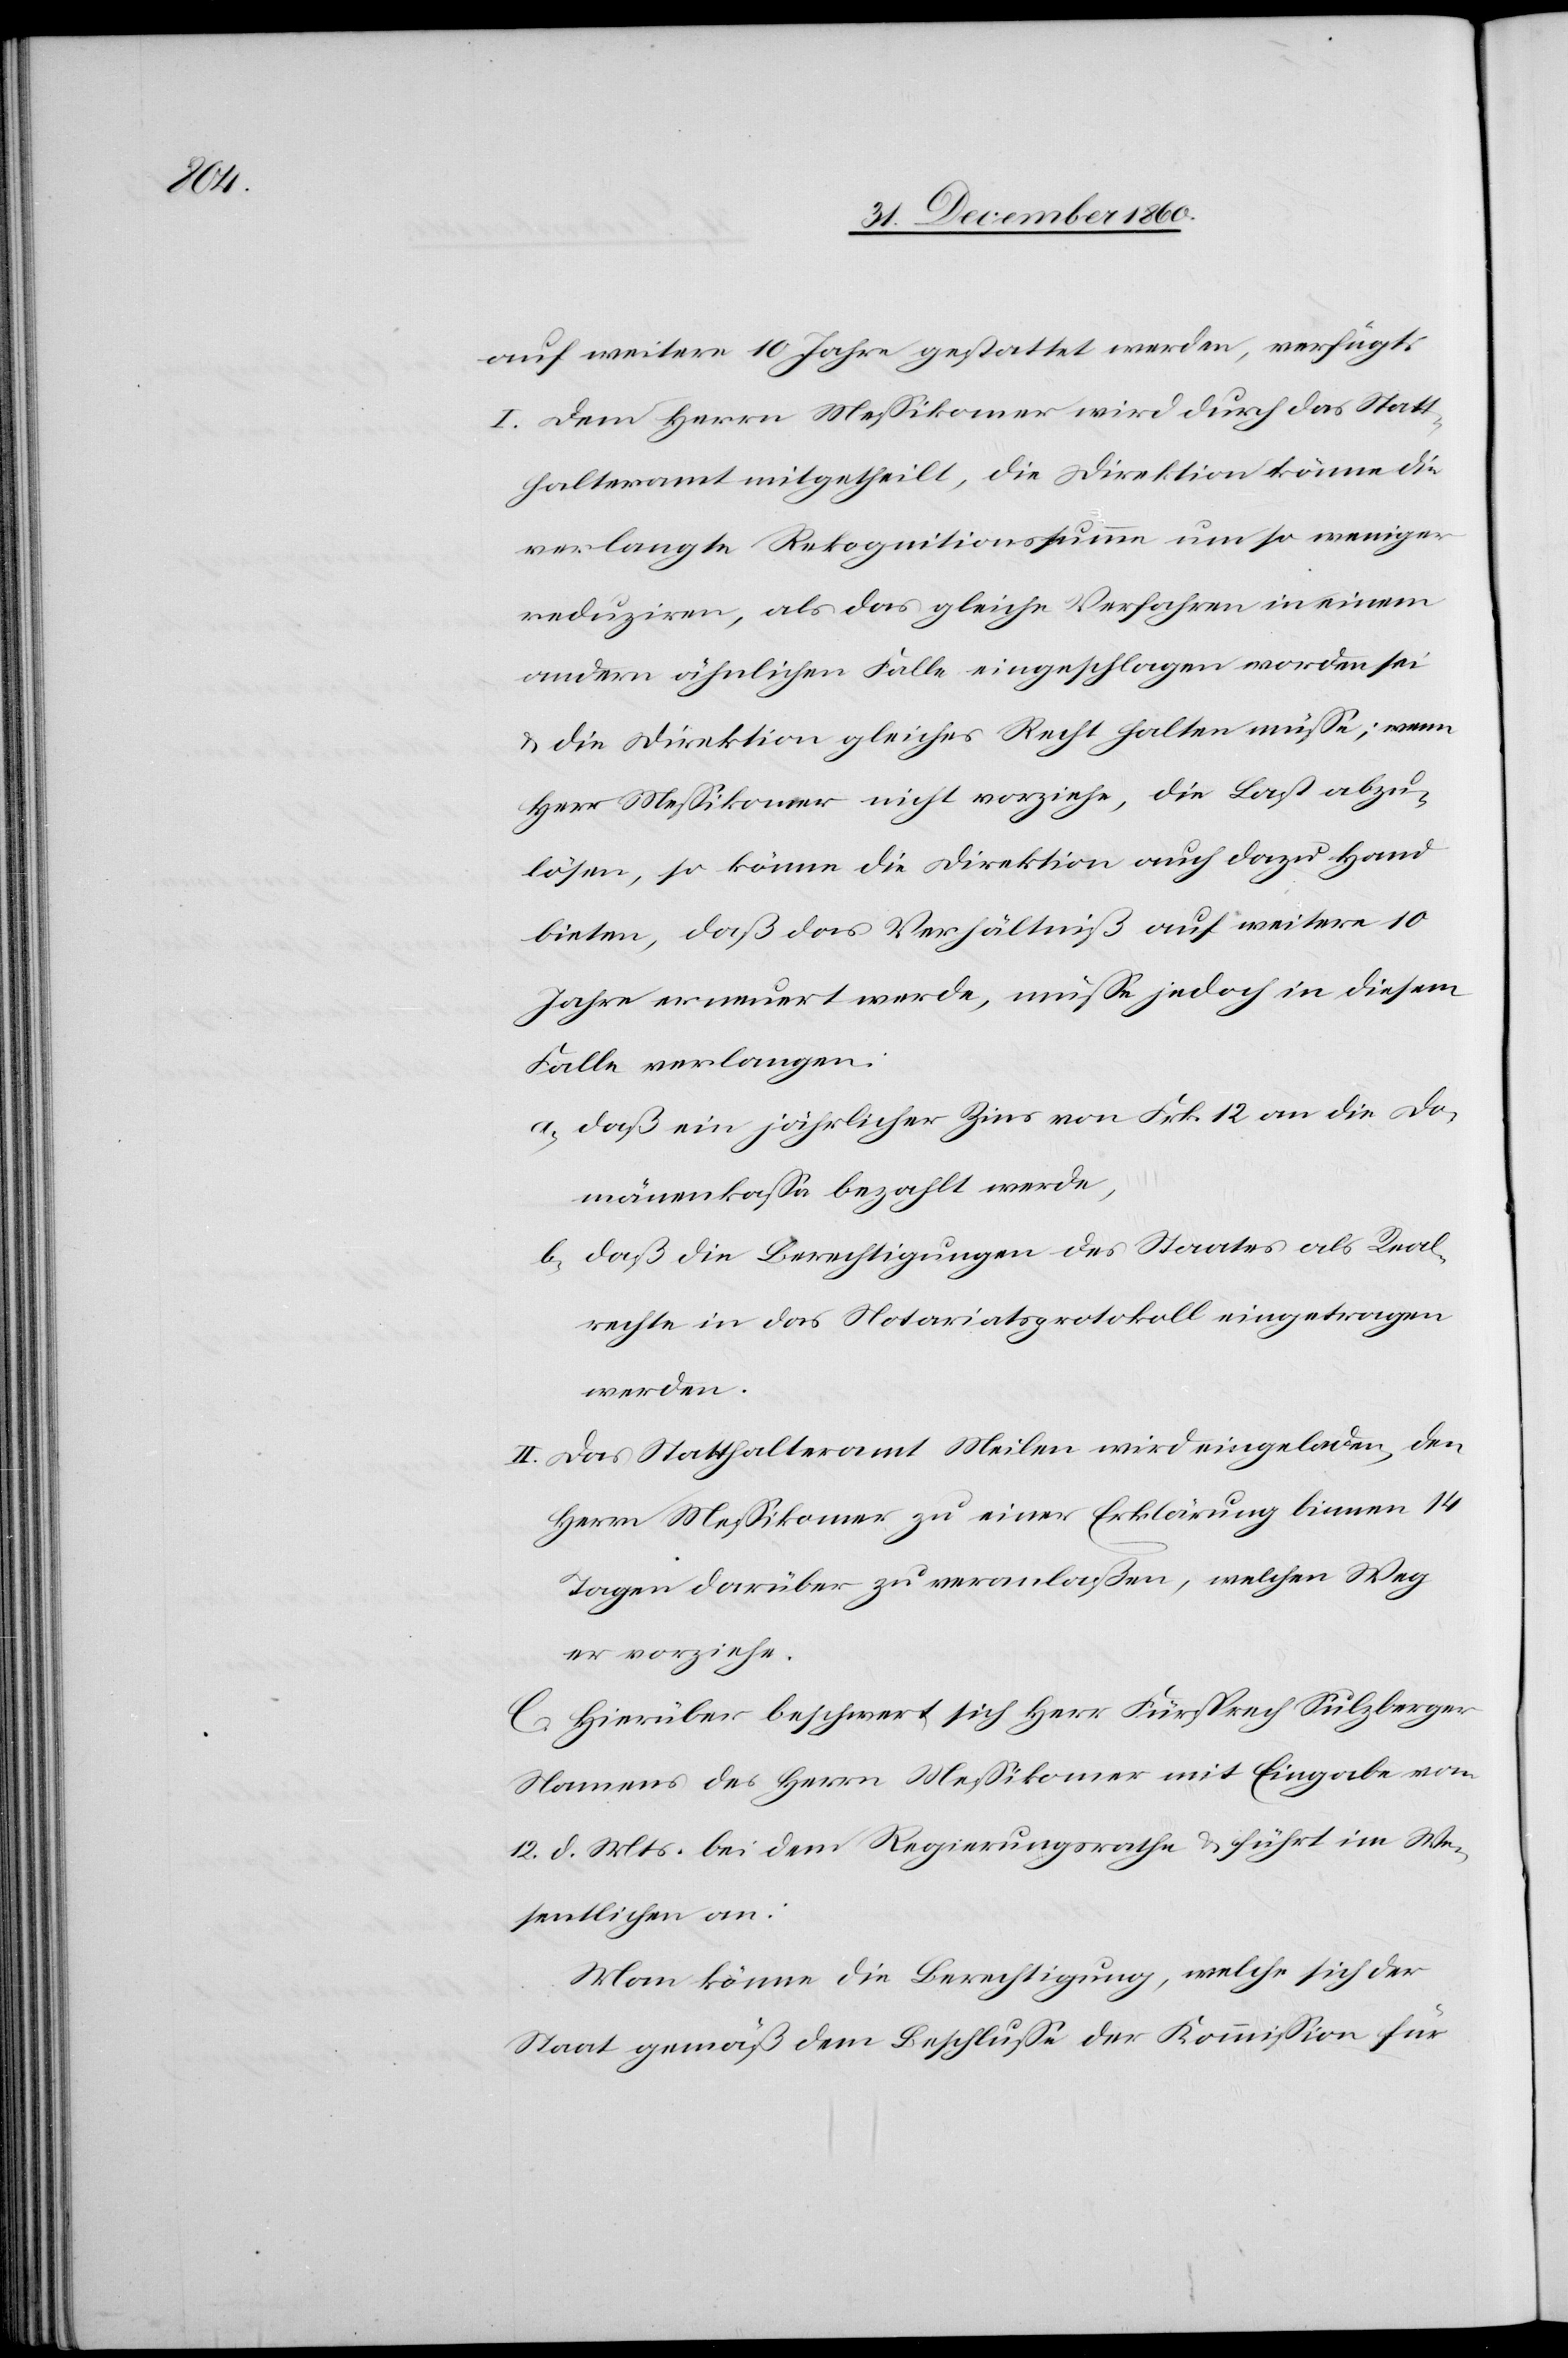
auf weitere 10 Jahre gestattet werden, verfügt:
I. Dem Herrn Messikomer wird durch das Statt¬
halteramt mitgetheilt, die Direktion könne die
verlangte Rekognitionssumme um so weniger
reduziren, als das gleiche Verfahren in einem
andern ähnlichen Falle eingeschlagen worden sei
u. die Direktion gleiches Recht halten müsse; wenn
Herr Messikomer nicht vorziehe, die Last abzu¬
lösen, so könne die Direktion auch dazu Hand
bieten, daß das Verhältniß auf weitere 10
Jahre erneuert werde, müsse jedoch in diesem
Falle verlangen:
a) daß ein jährlicher Zins von Frk. 12 an die Do¬
mänenkassa bezahlt werde,
b) daß die Berechtigungen des Staates als Real¬
rechte in das Notariatsprotokoll eingetragen
werden.
II. Das Statthalteramt Meilen wird eingeladen, den
Herrn Messikomer zu einer Erklärung binnen 14
Tagen darüber zu veranlaßen, welchen Weg
er vorziehe.
C. Hierüber beschwert sich Herr Fürsprech Sulzberger
Namens des Herrn Messikomer mit Eingabe vom
12. d. Mts. bei dem Regierungsrathe u. führt im We¬
sentlichen an:
Man könne die Berechtigung, welche sich der
Staat gemäß dem Beschlusse der Kommission für